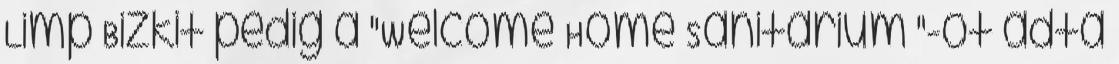
Limp Bizkit pedig a "Welcome Home Sanitarium "-ot adta